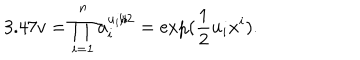
3 . 4 7 v = \prod _ { i = 1 } ^ { n } a _ { i } ^ { u _ { i } / 2 } = \exp ( \frac { 1 } { 2 } u _ { i } x ^ { i } ) .